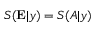
S ( \mathbf { E } | y ) = S ( A | y )